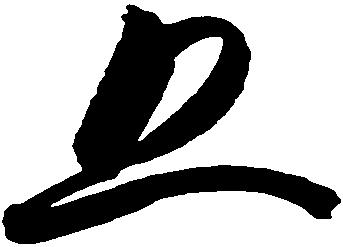
五